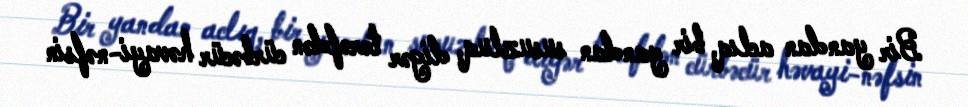
Bir yandan aclıq, bir yandan susuzluq, digər tərəfdən cürbəcür həvayi-nəfsin